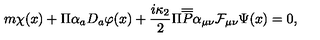
m \chi ( x ) + \Pi \alpha _ { a } D _ { a } \varphi ( x ) + \frac { i \kappa _ { 2 } } 2 \Pi \overline { { \overline { { P } } } } \alpha _ { \mu \nu } \mathcal { F } _ { \mu \nu } \Psi ( x ) = 0 ,